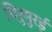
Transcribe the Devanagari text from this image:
थिरुमुरई